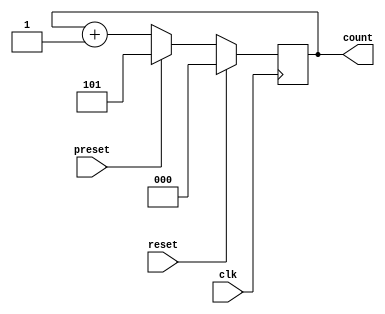
module binary_counter(
    input clk,
    input reset,
    input preset,
    output reg [2:0] count
);

// Internal signal to store the current count
reg [2:0] current_count;

// Binary counter logic
always @(posedge clk) begin
    if(reset) begin
        current_count <= 3'b000;
    end else if(preset) begin
        current_count <= 3'b101; // Example preset value
    end else begin
        current_count <= current_count + 1;
    end
end

// Output the count
assign count = current_count;

endmodule